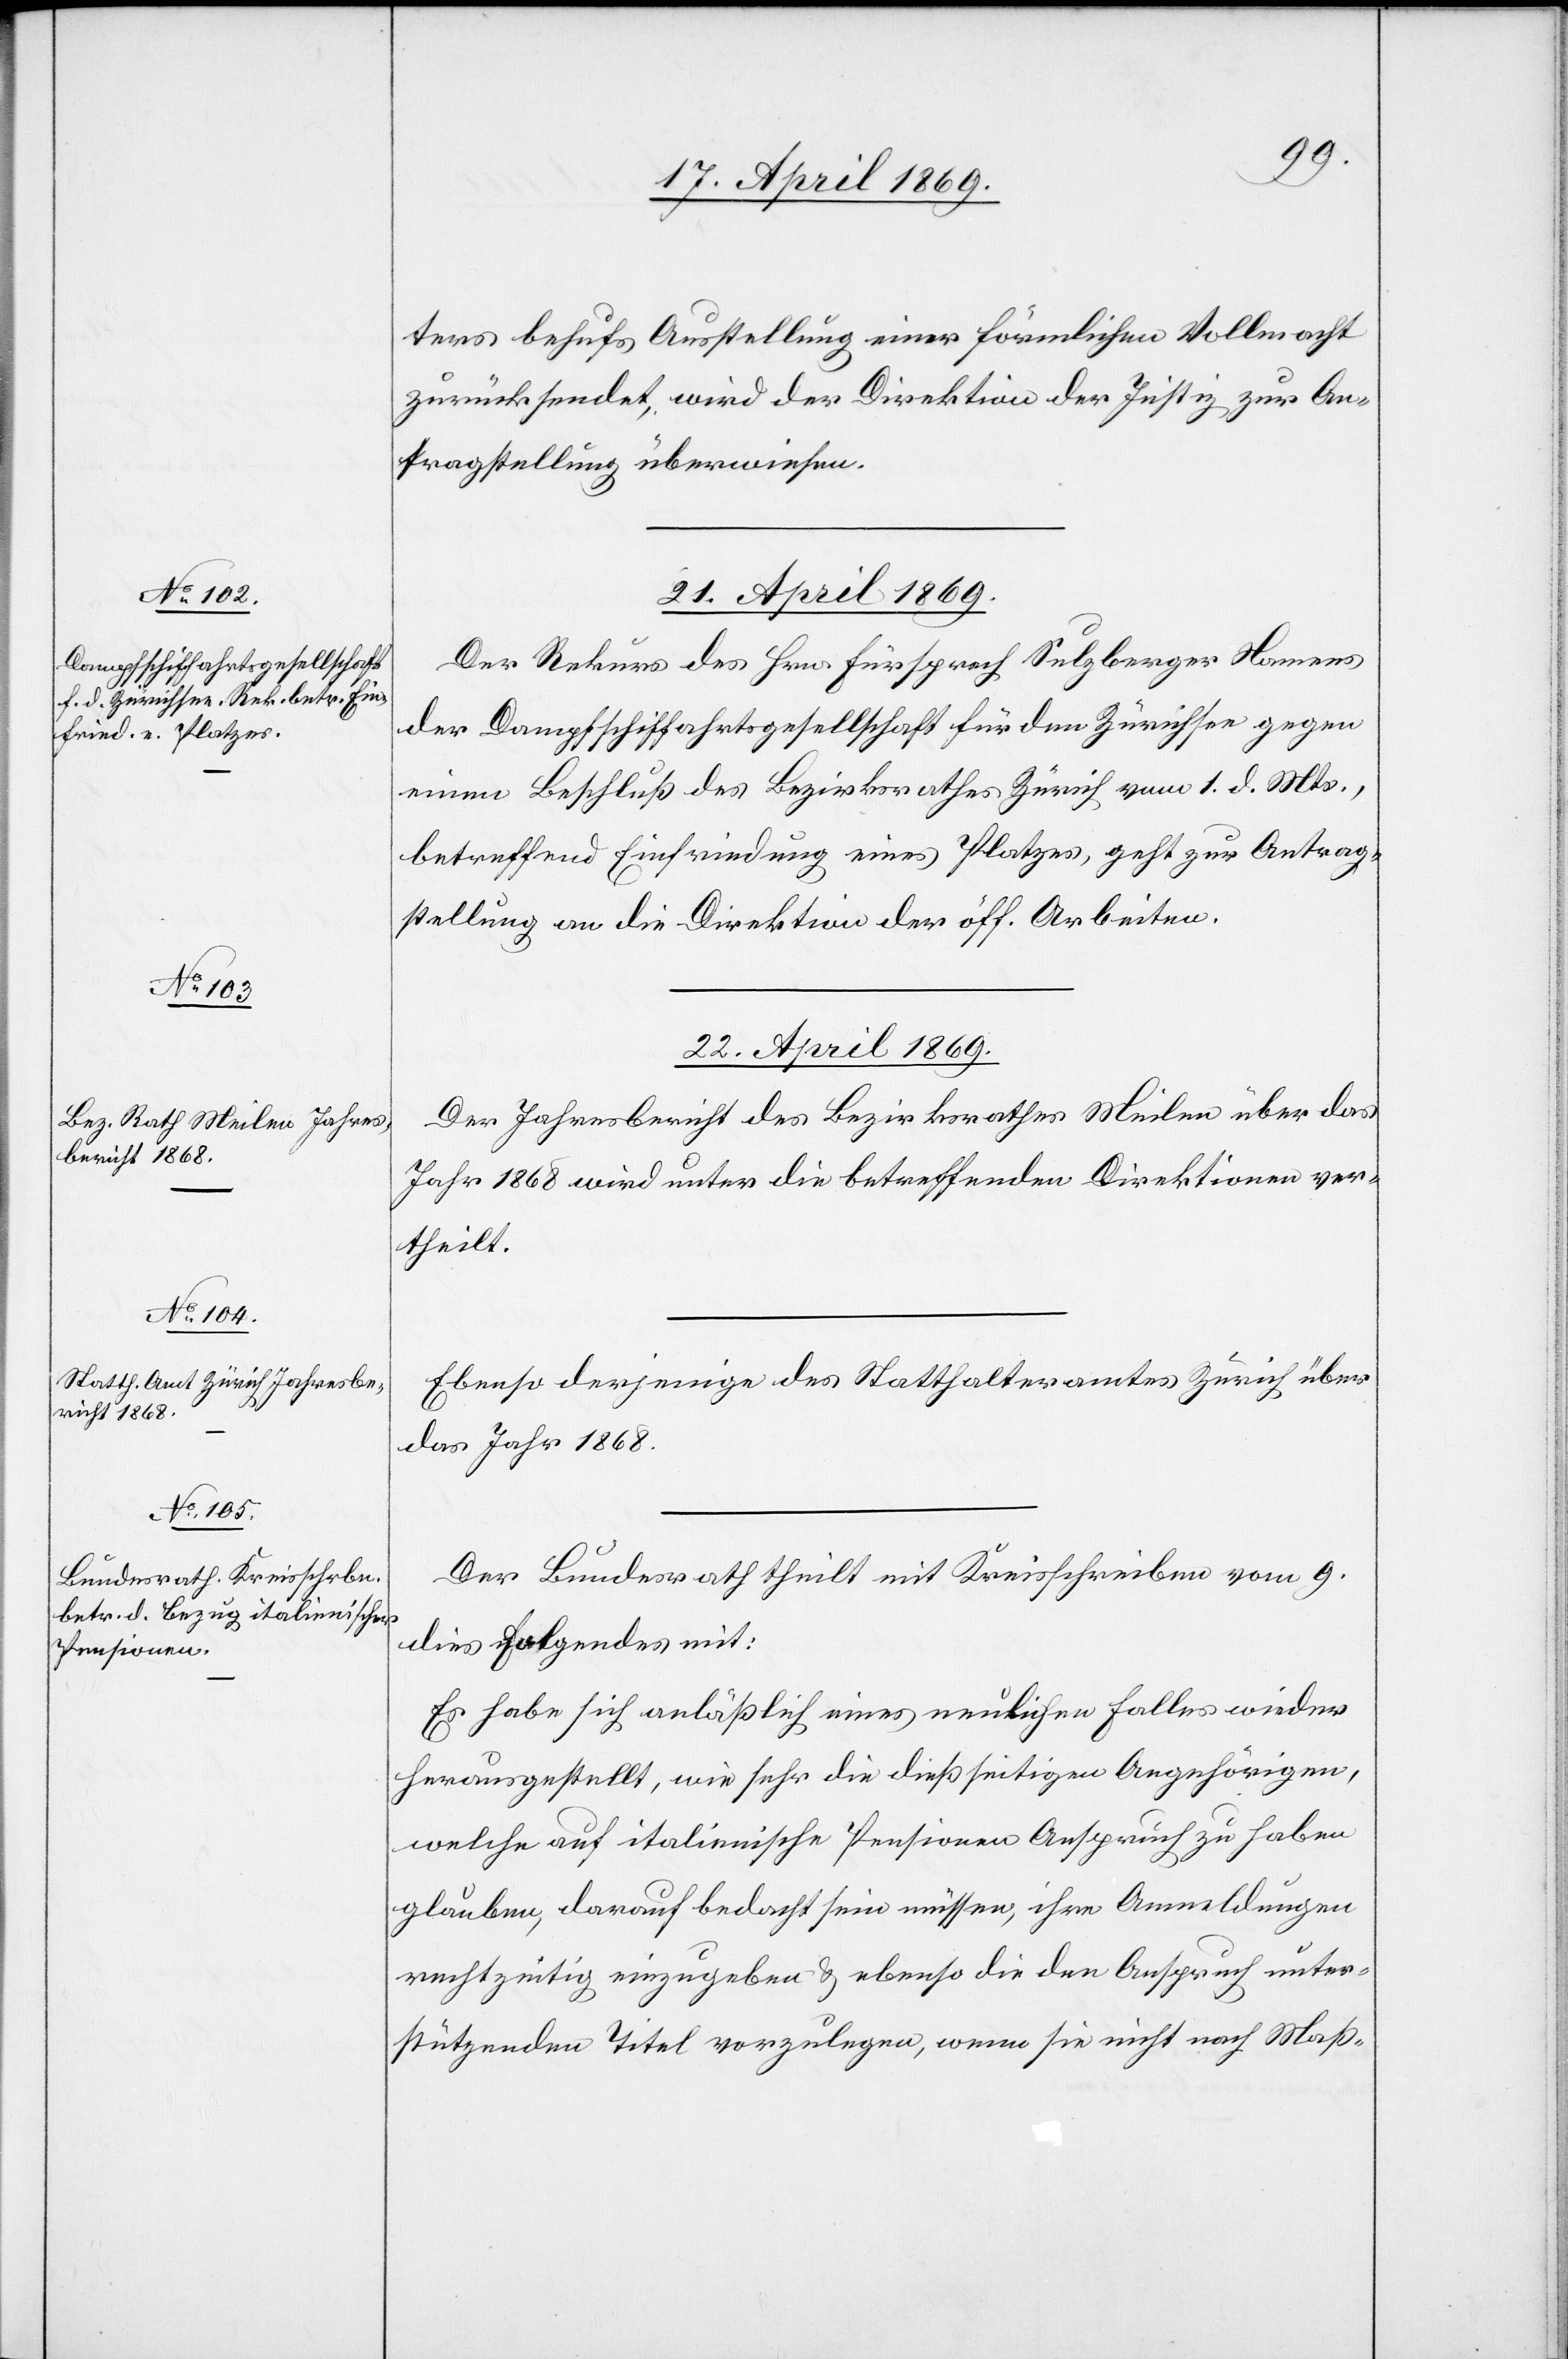
ters behufs Ausstellung einer förmlichen Vollmacht
zurücksendet, wird der Direktion der Justiz zur An¬
tragstellung überwiesen.
21. April 1869.
Der Rekurs des Hrn. Fürsprech Sulzberger Namens
der Dampfschiffahrtsgesellschaft für den Zürichsee gegen
einen Beschluß des Bezirksrathes Zürich vom 1. d. Mts.,
betreffend Einfriedung eines Platzes, geht zur Antrag¬
stellung an die Direktion der öff. Arbeiten.
22. April 1869.]
Der Jahresbericht des Bezirksrathes Meilen über das
Jahr 1868 wird unter die betreffenden Direktionen ver¬
theilt.
Ebenso derjenige des Statthalteramtes Zürich über
das Jahr 1868.
Der Bundesrath theilt mit Kreisschreiben vom 9.
dies Folgendes mit:
Es habe sich anläßlich eines neulichen Falles wieder
herausgestellt, wie sehr die dießseitigen Angehörigen,
welche auf italienische Pensionen Anspruch zu haben
glauben, darauf bedacht sein müssen, ihre Anmeldungen
rechtzeitig einzugeben u. ebenso die den Anspruch unter¬
stützenden Titel vorzulegen, wenn sie nicht nach Maß-